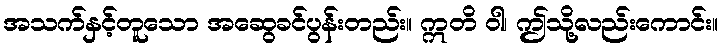
အသက်နှင့်တူသော အဆွေခင်ပွန်းတည်း။ ဣတိ ဝါ၊ ဤသို့လည်းကောင်း။